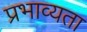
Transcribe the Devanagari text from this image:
प्रभाव्यता